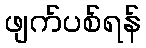
ဖျက်ပစ်ရန်